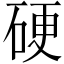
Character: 硬